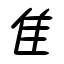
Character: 隹